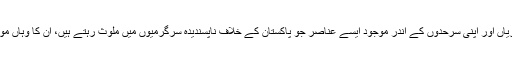
ایران کی جانب سے پاکستان کی سرحدوں کی خلاف ورزیاں، در اندازیاں اور اپنی سرحدوں کے اندر موجود ایسے عناصر جو پاکستان کے خلاف ناپسندیدہ سرگرمیوں میں ملوث رہتے ہیں، ان کا وہاں موجود رہنا پاکستان اور پاکستان کے عوام کے لئے تشویش کا سبب تھا۔